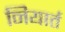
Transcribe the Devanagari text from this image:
नियार्त